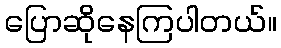
ပြောဆိုနေကြပါတယ်။